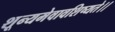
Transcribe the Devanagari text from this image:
शून्यमेवावशिष्यते।।